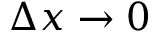
\Delta x \rightarrow 0